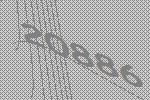
20886